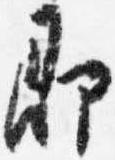
即